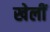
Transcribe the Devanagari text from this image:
खेलीं